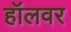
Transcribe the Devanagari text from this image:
हॉलवर